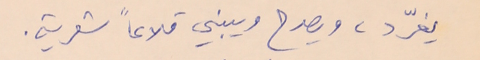
يغرّد، ويصدح ويبني قلاعاً شعرية.